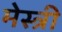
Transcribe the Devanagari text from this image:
मेस्‍त्री